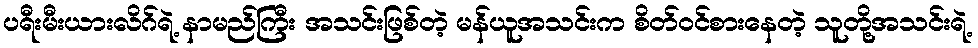
ပရီးမီးယားလိဂ်ရဲ့ နာမည်ကြီး အသင်းဖြစ်တဲ့ မန်ယူအသင်းက စိတ်ဝင်စားနေတဲ့ သူတို့အသင်းရဲ့